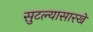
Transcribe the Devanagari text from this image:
सुटल्यासारखे